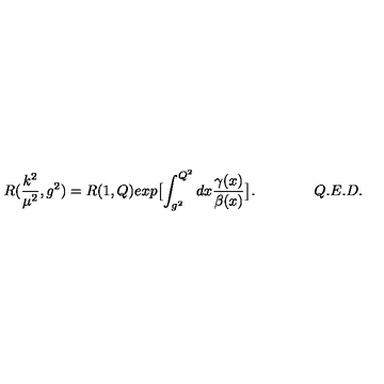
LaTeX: R ( \frac { k ^ { 2 } } { \mu ^ { 2 } } , g ^ { 2 } ) = R ( 1 , Q ) e x p \bigl [ \int _ { g ^ { 2 } } ^ { Q ^ { 2 } } d x \frac { \gamma ( x ) } { \beta ( x ) } \bigr ] . \qquad \qquad Q . E . D .